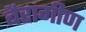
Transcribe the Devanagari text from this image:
बैरागीण